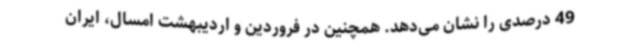
49 درصدی را نشان می‌دهد. همچنین در فروردین و اردیبهشت امسال، ایران